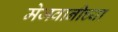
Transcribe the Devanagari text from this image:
मेजवानीच्या